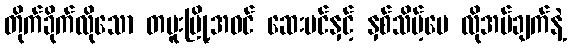
တိုက်ခိုက်လိုသော တမူးမြို့အဝင် ဆေးပင်နှင့် နှစ်သိမ့်ပေ လိုအပ်ချက်နဲ့